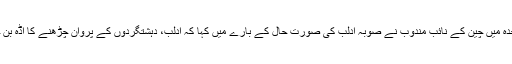
اقوام متحدہ میں چین کے نائب مندوب نے صوبہ ادلب کی صورت حال کے بارے میں کہا کہ ادلب، دہشتگردوں کے پروان چڑھنے کا اڈہ بن چکا تھا۔